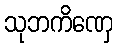
သုဘကိဏှေ